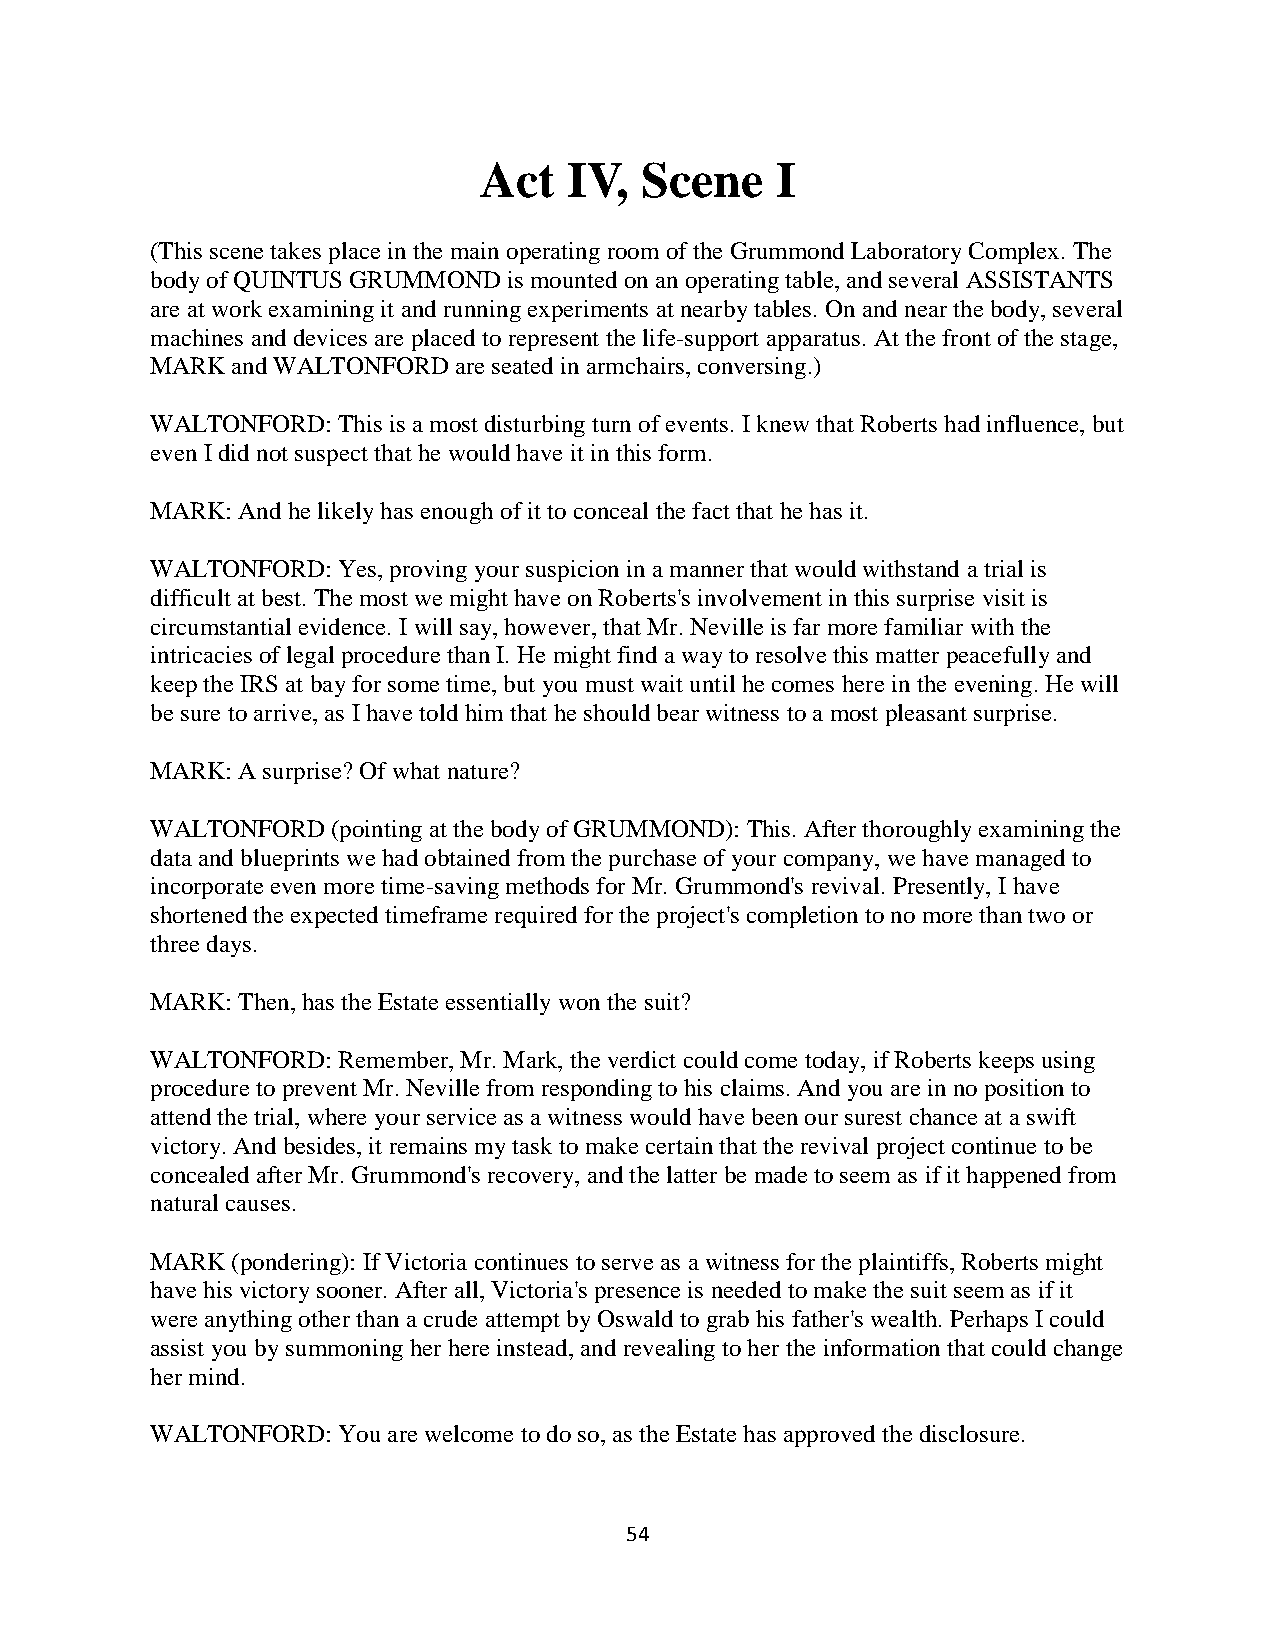
Act   IV, Scene    I
 (This scene takes place in the main operating room of the Grummond Laboratory Complex. The
 body of QUINTUS GRUMMOND is mounted on an operating table, and several ASSISTANTS
 are at work examining it and running experiments at nearby tables. On and near the body, several
 machines and devices are placed to represent the life-support apparatus. At the front of the stage,
 MARK and WALTONFORD are seated in armchairs, conversing.)
 WALTONFORD: This is a most disturbing turn of events. I knew that Roberts had influence, but
 even I did not suspect that he would have it in this form.
 MARK: And he likely has enough of it to conceal the fact that he has it.
 WALTONFORD: Yes, proving your suspicion in a manner that would withstand a trial is
 difficult at best. The most we might have on Roberts's involvement in this surprise visit is
 circumstantial evidence. I will say, however, that Mr. Neville is far more familiar with the
 intricacies of legal procedure than I. He might find a way to resolve this matter peacefully and
 keep the IRS at bay for some time, but you must wait until he comes here in the evening. He will
 be sure to arrive, as I have told him that he should bear witness to a most pleasant surprise.
 MARK: A surprise? Of what nature?
 WALTONFORD  (pointing at the body of GRUMMOND): This. After thoroughly examining the
 data and blueprints we had obtained from the purchase of your company, we have managed to
 incorporate even more time-saving methods for Mr. Grummond's revival. Presently, I have
 shortened the expected timeframe required for the project's completion to no more than two or
 three days.
 MARK: Then, has the Estate essentially won the suit?
 WALTONFORD: Remember, Mr. Mark, the verdict could come today, if Roberts keeps using
 procedure to prevent Mr. Neville from responding to his claims. And you are in no position to
 attend the trial, where your service as a witness would have been our surest chance at a swift
 victory. And besides, it remains my task to make certain that the revival project continue to be
 concealed after Mr. Grummond's recovery, and the latter be made to seem as if it happened from
 natural causes.
 MARK (pondering): If Victoria continues to serve as a witness for the plaintiffs, Roberts might
 have his victory sooner. After all, Victoria's presence is needed to make the suit seem as if it
 were anything other than a crude attempt by Oswald to grab his father's wealth. Perhaps I could
 assist you by summoning her here instead, and revealing to her the information that could change
 her mind.
 WALTONFORD: You are welcome to do so, as the Estate has approved the disclosure.
 54